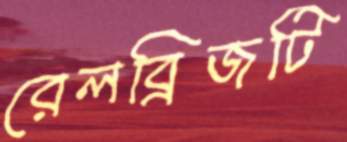
রেলব্রিজটি